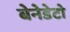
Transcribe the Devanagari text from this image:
बेनेडेटो